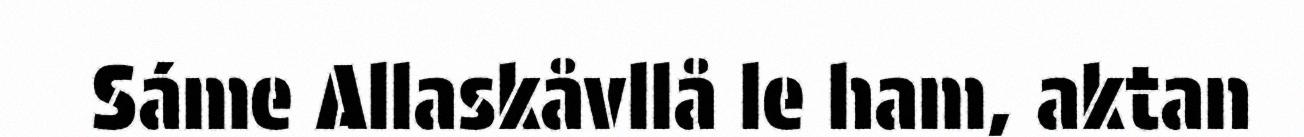
Sáme Allaskåvllå le ham, aktan